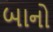
બાનો